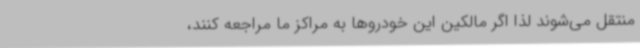
منتقل می‌شوند لذا اگر مالکین این خودروها به مراکز ما مراجعه کنند،